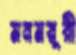
মনময়ূরী